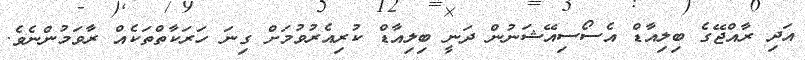
އަދި ރާއްޖޭގެ ބިލިއާޑް އެސޯސިއޭޝަނުން ދަނީ ބިލިއާޑް ކުރިއެރުވުމަށް ގިނަ ހަރަކާތްތަކެއް ރާވަމުންނެވެ.